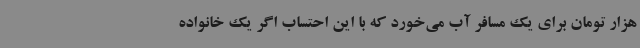
هزار تومان برای یک مسافر آب می‌خورد که با این احتساب اگر یک خانواده